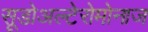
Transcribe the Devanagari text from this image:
सूडोअल्टेरोमोनाज